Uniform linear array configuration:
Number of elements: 64
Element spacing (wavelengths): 0.5
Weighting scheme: uniform
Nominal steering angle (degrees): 15
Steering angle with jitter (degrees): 16.873
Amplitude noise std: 0.05
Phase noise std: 0.05

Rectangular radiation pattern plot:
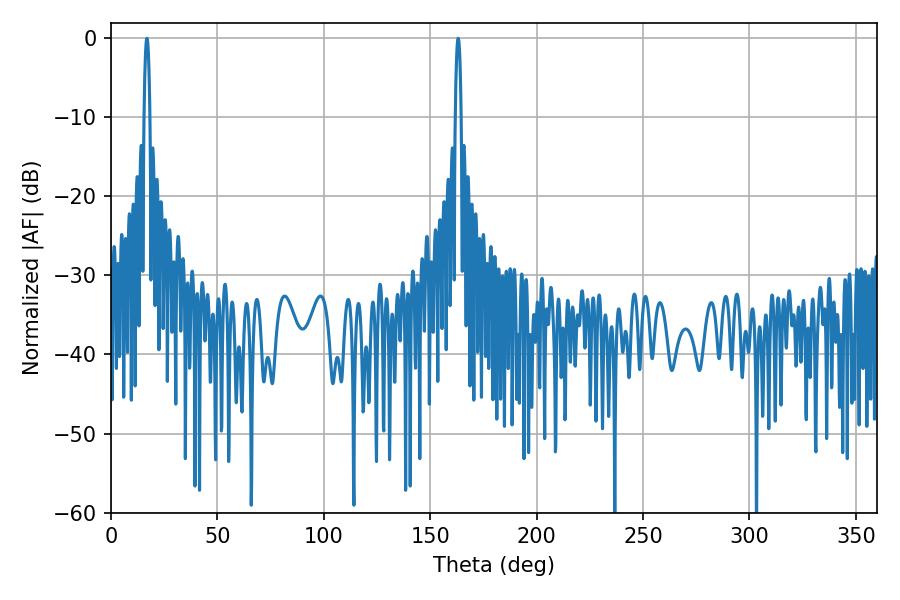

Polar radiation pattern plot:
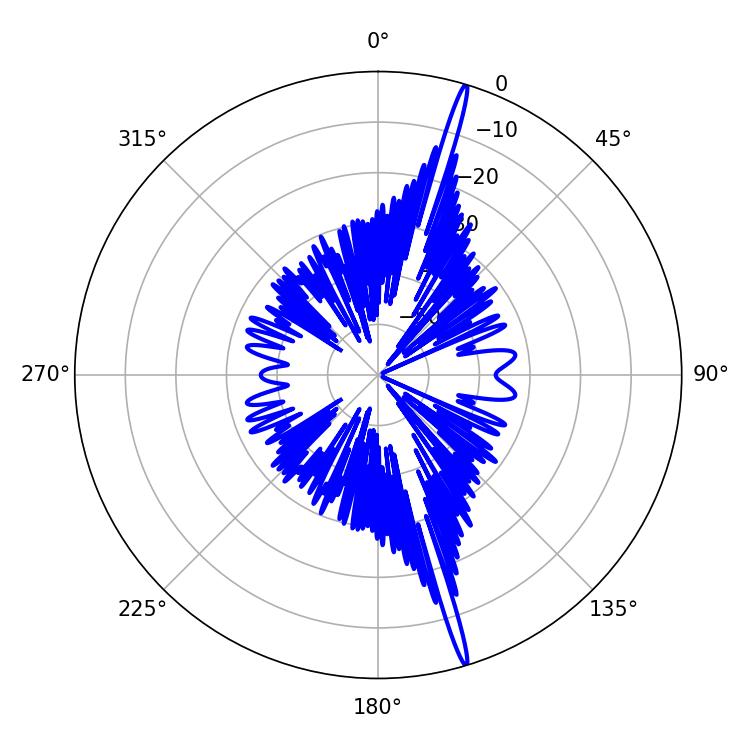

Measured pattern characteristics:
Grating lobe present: FALSE
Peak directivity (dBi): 20.268
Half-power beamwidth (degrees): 1.44
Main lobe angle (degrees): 163.08